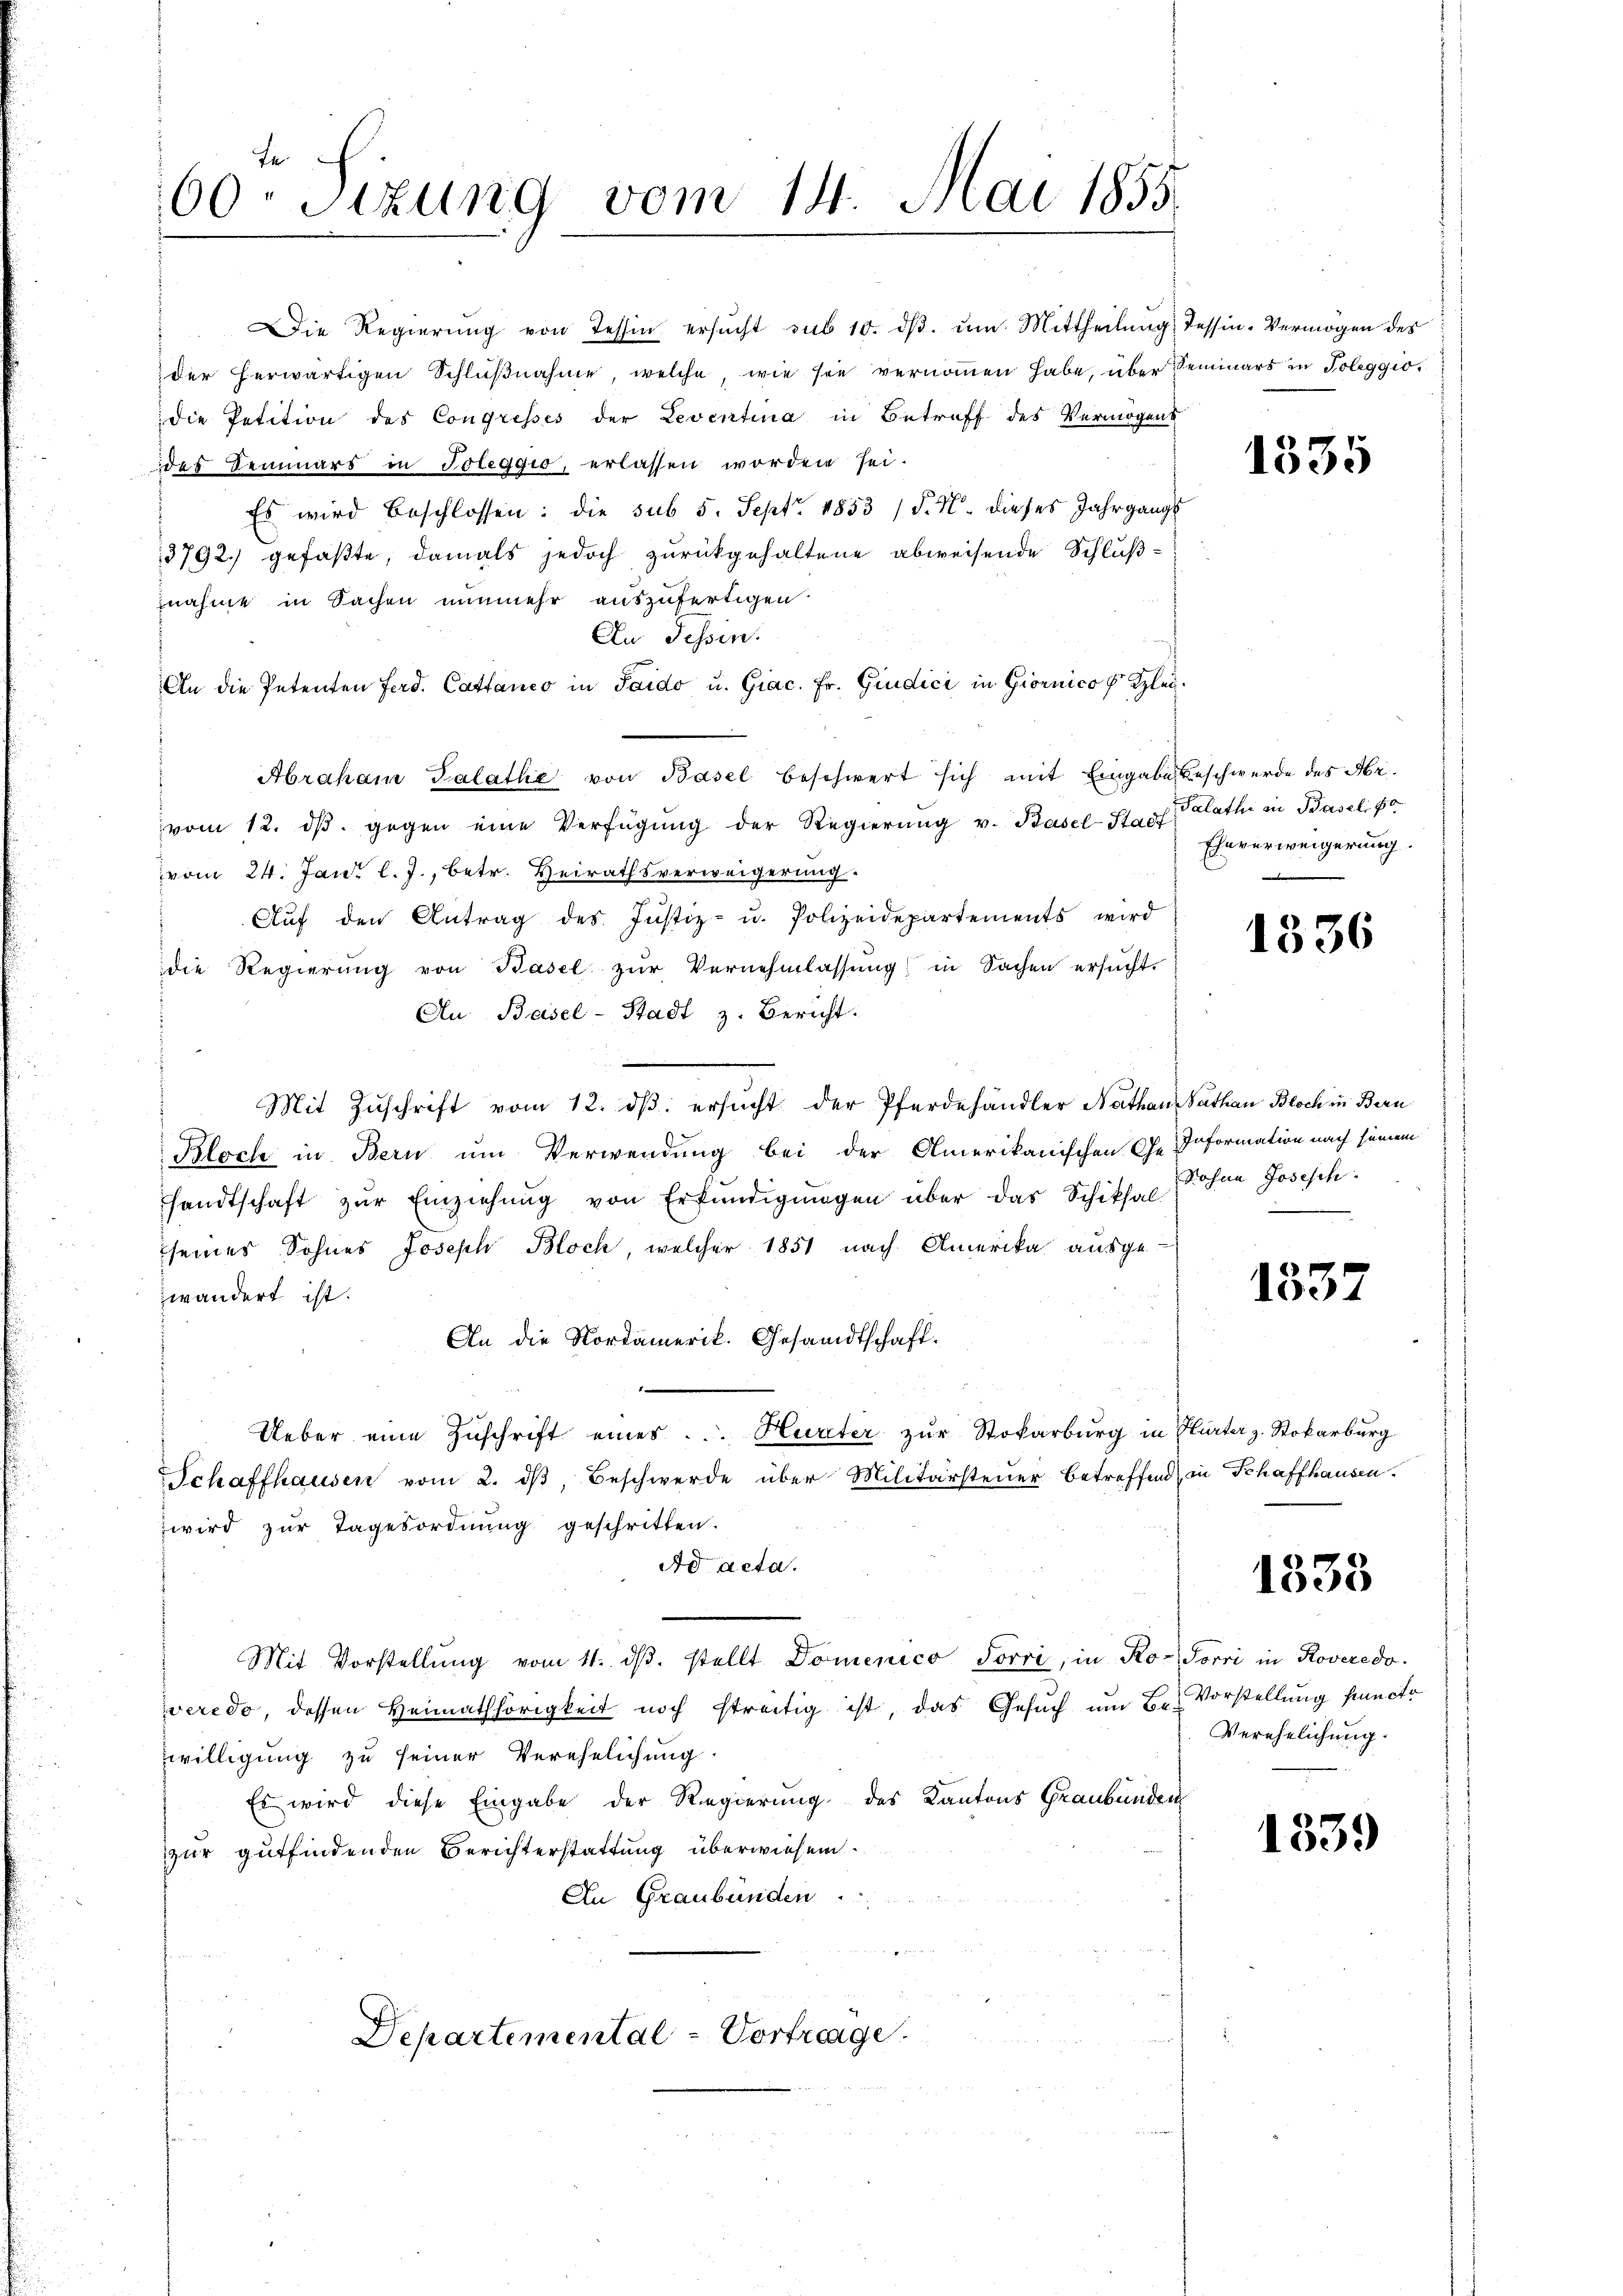
te
60. Sizung vom 14. Mai 1855

Die Regierŭng von Tessin ersŭcht sub 10. dβ. ŭm Mittheilung Tessin-Vermögen des
der erwärtigen Schlußnahme, welche, wie sie vernommen habe, über Seminars in Poleggiodie Petition des Congresses der Leventina in Betreff des Vermögens
des Semmers in Toleggio, erlassen worden sei.
Es wird beschlossen: die sub 5. Sept. 1853 /d. M. dieses Jahrgangs
3792. gefaßte, damals jedoch zurückgehaltene abweisende Schluß-
znahme in Sachen nunmehr auszufertigen
An Tessin.
An die Petenten Ferd. Cattanco in Saido u. Giac. Fr. Giudici in Giornico s Klei¬
Abraham Salathe von Basel beschwert sich mit Eingabe beschwerde des Arvom 12. dβ. gegen eine Verfügŭng der Regierŭng v. Basel-Stadt
vom 24. Jan. l. J., betr. Heirathsverweigerung.
Aŭf den Antrag des Justiz- u. Polizeidepartements wird
die Regierung von Basel zur Vernehmlassung in Sachen ersucht.
An Basel-Stadt z. Bericht.
Mit Zŭschrift vom 12. dβ. ersŭcht der Pferdehändler Nathan Pathan Bloch in Bern
Bloch in Bern um Verwendung bei der Amerikanischen Ge- Information nach seinem
handtschaft zŭr Einziehŭng von Erkundigŭngen über das Schiksal-
seines Sohnes Joseph Bloch, welcher 1851 nach Amerika ausge-
wändert ist.
An die Nordamerik. Gesandtschaft.
.
Ueber eine Zŭschrift eines ... Hureter zŭr Stokarburg in Plärter z. Rokarburg
Schaffhausen vom 2. dβ, Beschwerde über Militärsteuer betreffend in Schaffhausen.
wird zur Tagesordnung geschritten.
Ad acta.
Mit Vorstellŭng vom 11. dβ. stellt Domenico Forri, in Ro-Torri in Roveredo
veredo, dessen Heimathörigkeit noch streitig ist, das Gesŭch ŭm B. Vorstellung puncto
willigung zu seiner Verehelichung.
Es wird diese Eingabe der Regierung des Kantons Graubünden
zur gutfindenden Berichterstattung überwiesen.
An Graubünden
u

Departemental-Vortrage.

1535

Salathe in Basel, 80
Eheverweigerung.

1336

Rohne Josesch

1337

1333

Verehelichung.

1539